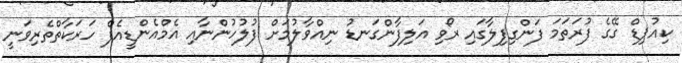
ކިއުޕިޑް ގޭގެ ފުރަތަމަ ފަންގިފިލާގައި ރޯވި އަލިފާންގަނޑު ނިއްވާލުމަށް ފުލުހުންނާއި އެމްއެންޑީއެފް ހަރަކާތްތެރިވަނީ